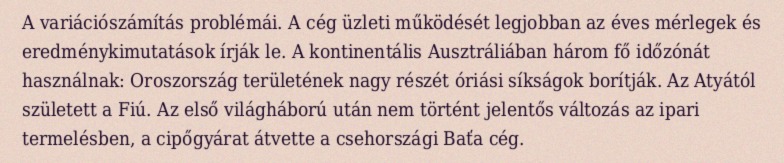
A variációszámítás problémái. A cég üzleti működését legjobban az éves mérlegek és eredménykimutatások írják le. A kontinentális Ausztráliában három fő időzónát használnak: Oroszország területének nagy részét óriási síkságok borítják. Az Atyától született a Fiú. Az első világháború után nem történt jelentős változás az ipari termelésben, a cipőgyárat átvette a csehországi Baťa cég.